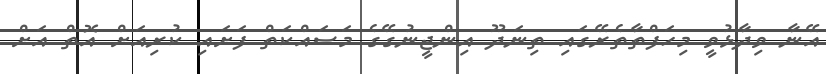
އޭނާ ވިދާޅުވީ މިހަފްތާތެރޭގައިި ތިނަދޫ އިންޖީނުގޭގެ މަސައްކަތް ފަށައި ކުރިއަށް އޮތް އަށް